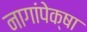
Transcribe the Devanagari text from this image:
नागांपेक्षा